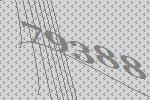
79388